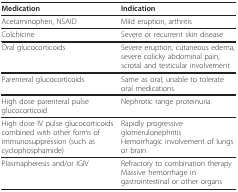
<table><thead><tr><td><b>Medication</b></td><td><b>Indication</b></td></tr></thead><tbody><tr><td>Acetaminophen, NSAID</td><td>Mild eruption, arthritis</td></tr><tr><td>Colchicine</td><td>Severe or recurrent skin disease</td></tr><tr><td>Oral glucocorticoids</td><td>Severe eruption, cutaneous edema, severe colicky abdominal pain, scrotal and testicular involvement</td></tr><tr><td>Parenteral glucocorticoids</td><td>Same as oral; unable to tolerate oral medications</td></tr><tr><td>High dose parenteral pulse glucocorticoid</td><td>Nephrotic range proteinuria</td></tr><tr><td>High dose IV pulse glucocorticoids combined with other forms of immunosuppression (such as cyclophosphamide)</td><td>Rapidly progressive glomerulonephritisHemorrhagic involvement of lungs or brain</td></tr><tr><td>Plasmapheresis and/or IGIV</td><td>Refractory to combination therapyMassive hemorrhage in gastrointestinal or other organs</td></tr></tbody></table>